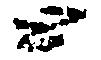
と